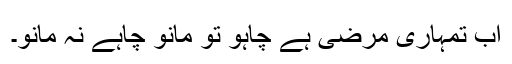
اب تمہاری مرضی ہے چاہو تو مانو چاہے نہ مانو۔